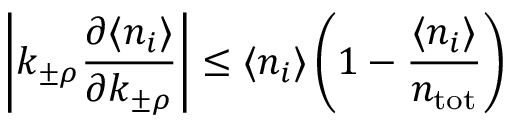
\left| k _ { \pm \rho } \frac { \partial \langle n _ { i } \rangle } { \partial k _ { \pm \rho } } \right| \le \langle n _ { i } \rangle \left( 1 - \frac { \langle n _ { i } \rangle } { n _ { \mathrm { t o t } } } \right)